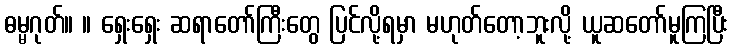
ဓမ္မဂုတ်။ ။ ရှေးရှေး ဆရာတော်ကြီးတွေ ပြင်လို့ရမှာ မဟုတ်တော့ဘူးလို့ ယူဆတော်မူကြပြီး